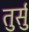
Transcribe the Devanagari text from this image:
तुर्सु